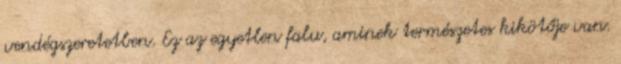
vendégszeretetben. Ez az egyetlen falu, aminek természetes kikötője van.